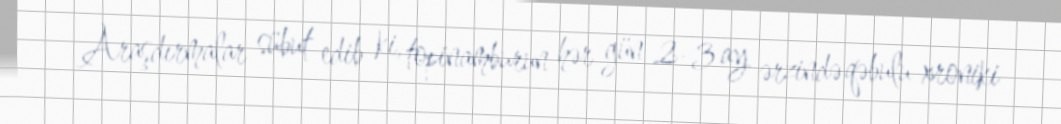
Araşdırmalar sübut edib ki, topinamburun hər gün 2-3 ay ərzində qəbulu xroniki